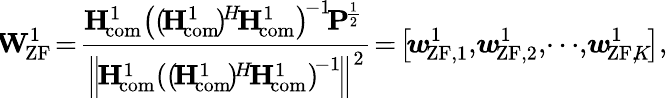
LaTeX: {\! {\mathbf{W}}_{{\! \mathrm{ZF}}}^{1}}\! =\! \frac{{\! {{\mathbf{H}}_{\! \mathrm{{com}}}^{1}}{{\left({(\! {{\mathbf{H}}_{\! \mathrm{{com}}}^{1}}\! )^{\! H}{\! {\mathbf{H}}_{\! {\mathrm{com}}}^{1}}}\right)}^{\! -1}}{\! {\mathbf{P}}^{\! \frac{1}{2}}}}}{{{{\left\| \! {{\mathbf{H}}_{\! \mathrm{{com}}}^{1}}{{\left({(\! {{\mathbf{H}}_{\! {\mathrm{com}}}^{1}}\! )^{\! H}{\! {\mathbf{H}}_{\! \mathrm{{com}}}^{1}}}\right)}^{\! -1}}\! \right\| }^{2}}}}\! =\! \left[{\! {\boldsymbol{w}}_{\! {\mathrm{ZF}},1}^{1}},{\! {\boldsymbol{w}}_{\! \mathrm{{ZF}},2}^{1}},\! \cdots\! ,{\! {\boldsymbol{w}}_{\! {\mathrm{ZF}},\! K}^{1}}\! \right],